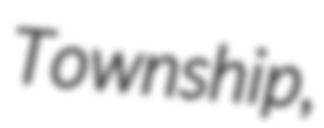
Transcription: Township,